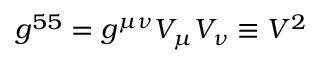
g ^ { 5 5 } = g ^ { \mu \nu } V _ { \mu } V _ { \nu } \equiv V ^ { 2 }